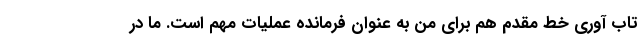
تاب آوری خط مقدم هم برای من به عنوان فرمانده عملیات مهم است. ما در